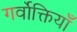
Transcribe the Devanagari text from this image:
गर्वोक्तियाँ